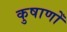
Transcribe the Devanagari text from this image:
कुषाणोँ